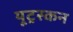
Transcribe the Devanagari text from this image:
यूट्रस्कन